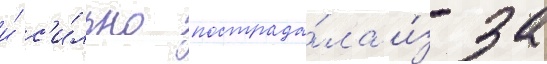
и́ с'и́льно пострада́ла и́з-за